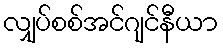
လျှပ်စစ်အင်ဂျင်နီယာ